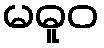
မဓူဝ